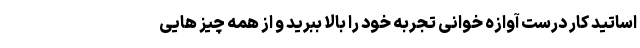
اساتید کار درست آوازه خوانی تجربه خود را بالا ببرید و از همه چیز هایی